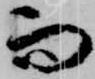
而